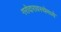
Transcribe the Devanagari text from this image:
गरोदारावस्थेमध्ये